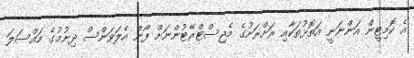
އެ ކޮމިޓީން އަންނަނީ އަތޮޅުތަކާއި ރަށްރަށުގެ މެޖިސްޓްރޭޓުންނަށް ފޯން އެލަވަންސް ދިނުމުގެ މައްސަލަ